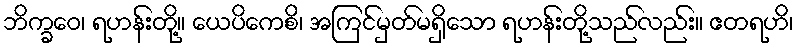
ဘိက္ခဝေ၊ ရဟန်းတို့။ ယေပိကေစိ၊ အကြင်မှတ်မရှိသော ရဟန်းတို့သည်လည်း။ ဧတရဟိ၊